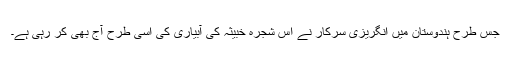
جس طرح ہندوستان میں انگریزی سرکار نے اس شجرہ خبیثہ کی آبیاری کی اسی طرح آج بھی کر رہی ہے۔